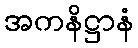
အကနိဋ္ဌာနံ